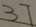
3 7